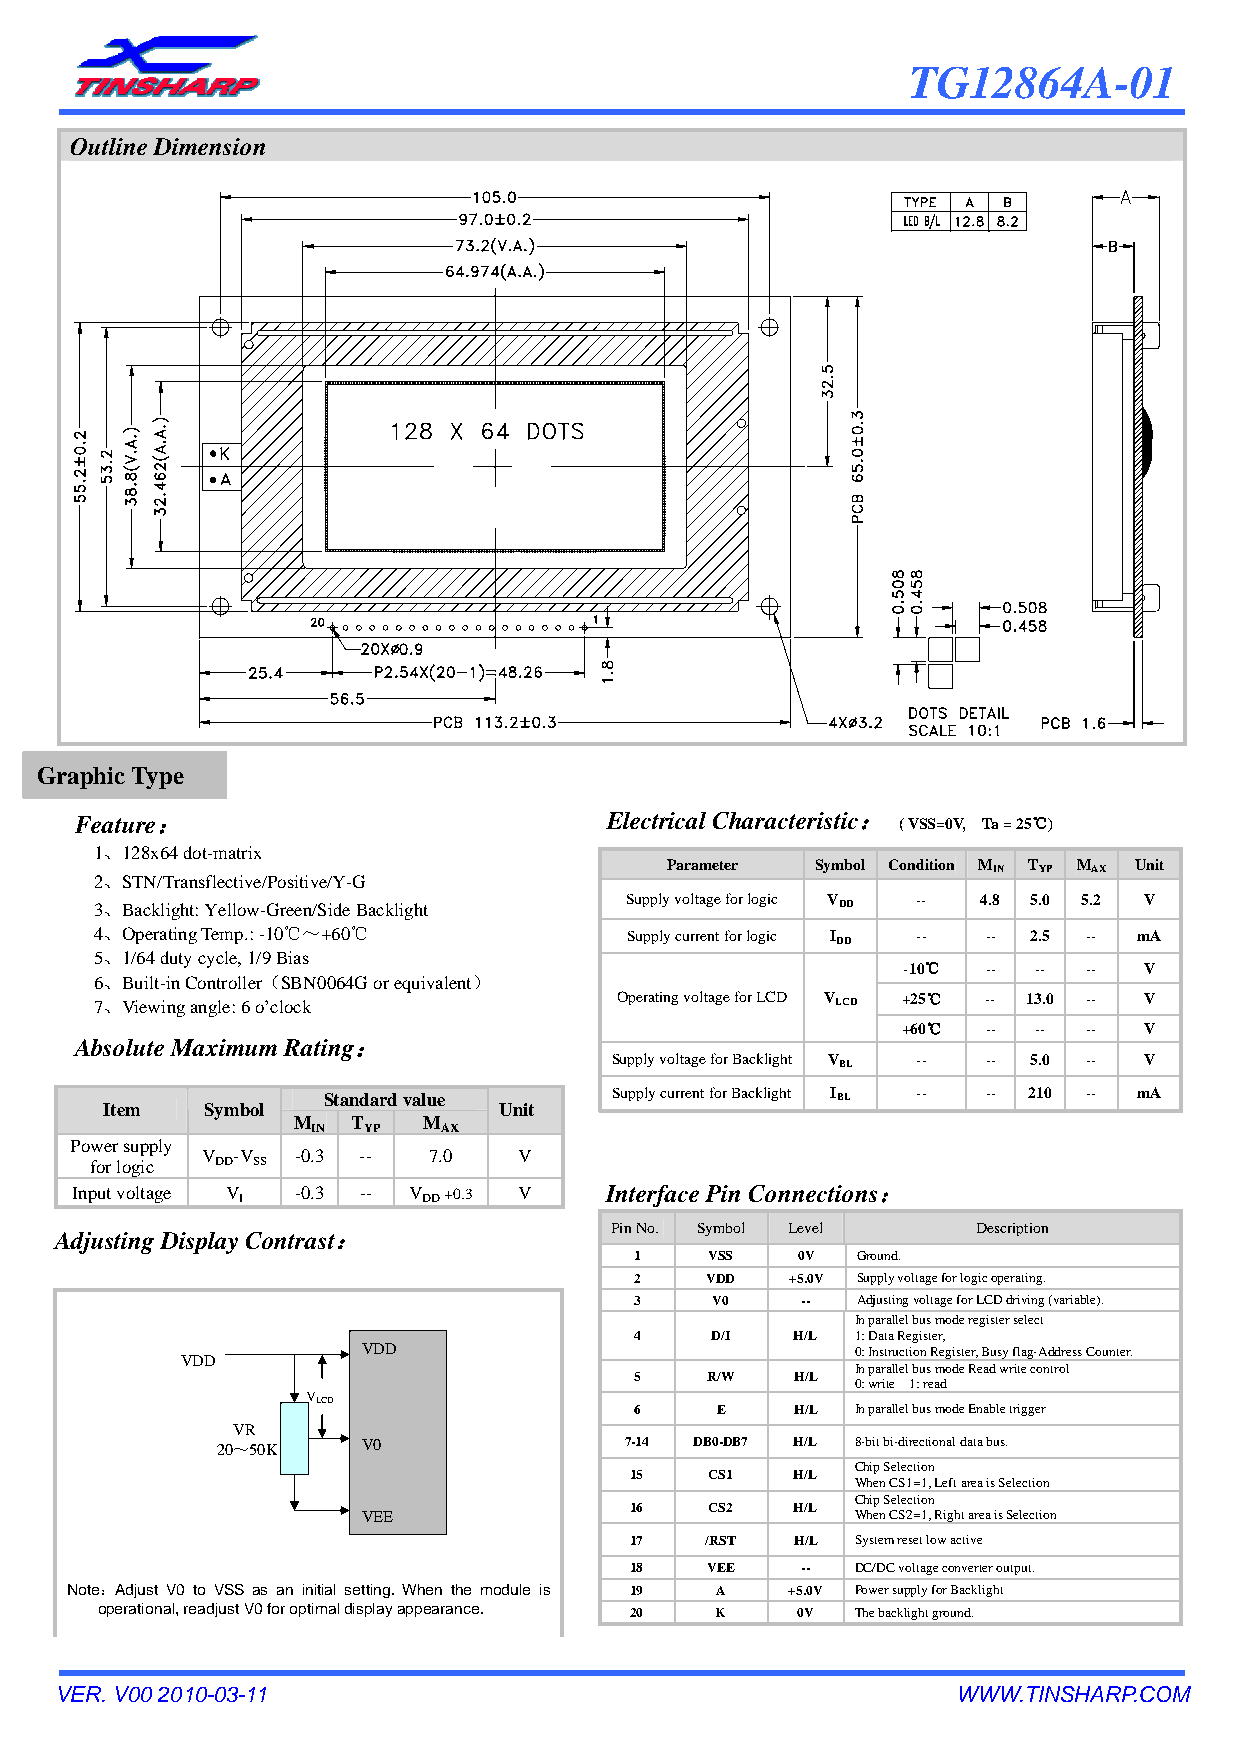
TG12864     A-01
 Outline Dimension
 Gr aphic Type
 Feature：                           Electrical Characteristic： ( VSS=0V, Ta = 25℃)
 1、128x64 dot-matrix
 2、STN/Transflective/Positive/Y-G
 Parameter Symbol Condition MIN TYP MAX Unit
 3、Backlight: Yellow-Green/Side Backlight
 Supply voltage for logic VDD -- 4.8 5.0 5.2 V
 4、Operating Temp.: -10℃～+60℃       Supply current for logic IDD -- -- 2.5 -- mA
 5、1/64 duty cycle, 1/9 Bias
 -10℃ -- --  --  V
 6、Built-in Controller（SBN0064G or equivalent）
 7、Viewing angle: 6 o’clock         Operating voltage for LCD VLCD +25℃ -- 13.0 -- V
 +60℃ -- --  --  V
 Absolute Maximum Rating：
 Supply voltage for Backlight VBL -- -- 5.0 -- V
 Standard value      Supply current for Backlight IBL -- -- 210 -- mA
 Item   Symbol             Unit
 M   T    M
 IN YP   AX
 Power supply
 V -V  -0.3 --  7.0   V
 for logic DD SS
 Input voltage V I -0.3 -- V DD +0.3 V Interface Pin Connections：
 Pin No. Symbol Level     Description
 Adjusting Display Contrast：
 1    VSS   0V  Ground.
 2    VDD  +5.0V Supply voltage for logic operating.
 3    V0    --  Adjusting voltage for LCD driving (variable).
 In parallel bus mode register select
 4    D/I   H/L 1: Data Register,
 VDD                              0: Instruction Register, Busy flag-Address Counter.
 VDD
 5    R/W   H/L
 In parallel bus mode Read write control
 0: write 1: read
 VLCD
 6    E     H/L In parallel bus mode Enable trigger
 VR
 20～50K    V0               7-14 DB0-DB7 H/L 8-bit bi-directional data bus.
 Chip Selection
 15   CS1   H/L
 When CS1=1, Left area is Selection
 Chip Selection
 16   CS2   H/L
 VEE                              When CS2=1, Right area is Selection
 17   /RST  H/L System reset low active
 18   VEE   --  DC/DC voltage converter output.
 Note：Adjust V0 to VSS as an initial setting. When the module is 19 A +5.0V Power supply for Backlight
 operational, readjust V0 for optimal display appearance. 20 K 0V The backlight ground.
 VER. V00 2010-03-11                                        WWW.TINSHARP.COM